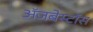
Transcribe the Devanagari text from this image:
ॲजबेस्टॉस